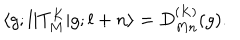
\langle g ; l | T _ { M } ^ { K } | g ; l + n \rangle = D _ { M n } ^ { ( K ) } ( g ) .